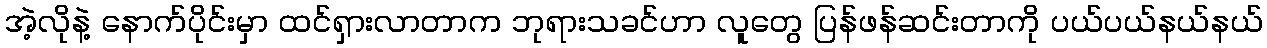
အဲ့လိုနဲ့ နောက်ပိုင်းမှာ ထင်ရှားလာတာက ဘုရားသခင်ဟာ လူတွေ ပြန်ဖန်ဆင်းတာကို ပယ်ပယ်နယ်နယ်